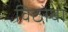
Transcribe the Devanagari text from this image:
विठाेबा